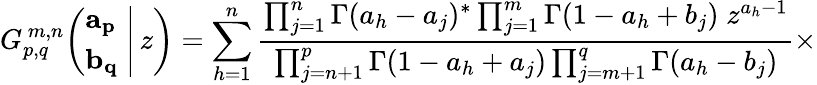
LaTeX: G_{p,q}^{\, m,n}\! \left(\left.{\begin{array}{l}{\mathbf{a_{p}}}\\ {\mathbf{b_{q}}}\end{array}}\; \right|\, z\right)=\sum_{h=1}^{n}{\frac{\prod_{j=1}^{n}\Gamma(a_{h}-a_{j})^{*}\prod_{j=1}^{m}\Gamma(1-a_{h}+b_{j})\; z^{a_{h}-1}}{\prod_{j=n+1}^{p}\Gamma(1-a_{h}+a_{j})\prod_{j=m+1}^{q}\Gamma(a_{h}-b_{j})}}\times